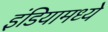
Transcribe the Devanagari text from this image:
इंडियामध्‍ये